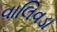
વાલિવડા